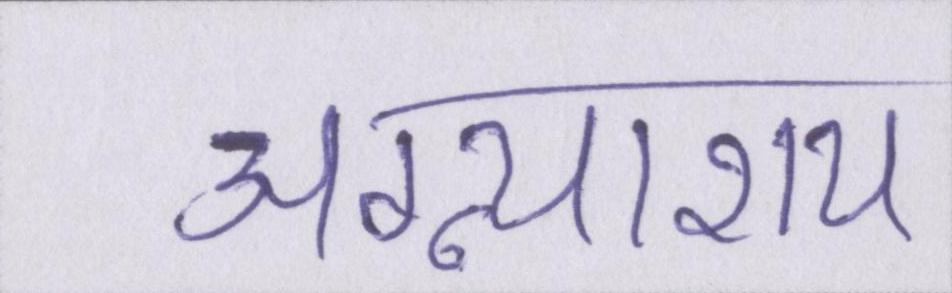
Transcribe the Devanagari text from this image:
अग्न्याशय